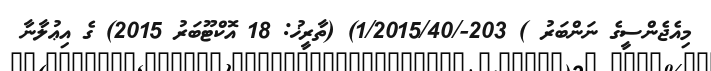
މިއެޖެންސީގެ ނަންބަރު ) 203-/1/2015/40) (ތާރީޚު: 18 އޮކްޓޫބަރު 2015) ގެ އިޢުލާނާ